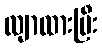
လျာထားပြီး